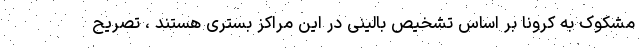
مشکوک به کرونا بر اساس تشخیص بالینی در این مراکز بستری هستند ، تصریح